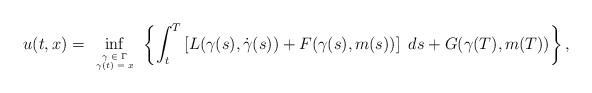
LaTeX: \begin{align*}u(t,x)= \inf_{\tiny\begin{array}{c}\gamma\in \Gamma\\\gamma(t)=x\end{array}} \left\{\int_t^T \left[L(\gamma(s),\dot \gamma(s))+ F(\gamma(s), m(s))\right]\ ds + G(\gamma(T),m(T))\right\}, \end{align*}